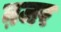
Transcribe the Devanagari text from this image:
ऩजर